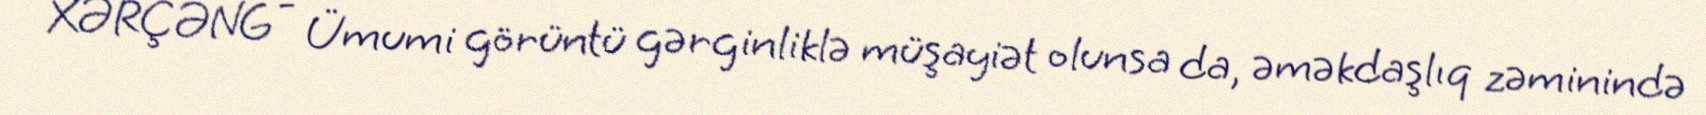
XƏRÇƏNG - Ümumi görüntü gərginliklə müşayiət olunsa da, əməkdaşlıq zəminində